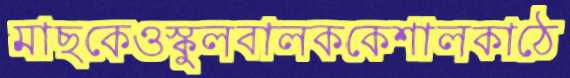
মাছকেওস্কুলবালককেশালকাঠে